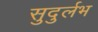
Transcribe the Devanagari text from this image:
सुदुर्लभ